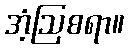
အံ့ဩစရာ။